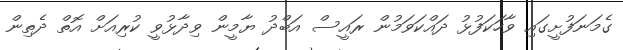
ގެމަނަފުށީގައި ވާހަކަފުޅު ދައްކަވަމުން ރައީސް އަބްދު ޔާމީން ވިދާޅުވީ ކުރިއަށް އޮތް ދެތިން